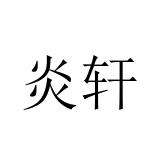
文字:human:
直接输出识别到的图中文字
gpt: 炎轩